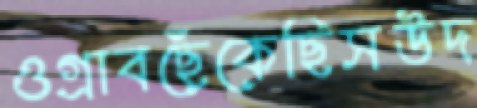
ওগ্‌রাবছেঁকেছিসউদ